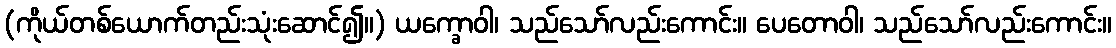
(ကိုယ်တစ်ယောက်တည်းသုံးဆောင်၍။) ယက္ခောဝါ၊ သည်သော်လည်းကောင်း။ ပေတောဝါ၊ သည်သော်လည်းကောင်း။